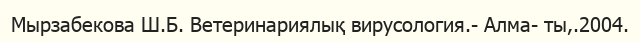
Мырзабекова Ш.Б. Ветеринариялық вирусология.- Алма- ты,.2004.